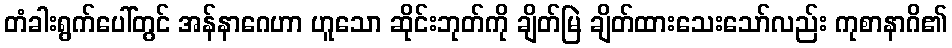
တံခါးရွက်ပေါ်တွင် အန်နာဂေဟာ ဟူသော ဆိုင်းဘုတ်ကို ချိတ်မြဲ ချိတ်ထားသေးသော်လည်း ကုစာနာဂိ၏